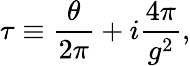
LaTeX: \tau\equiv{\frac{\theta}{2\pi}}+i{\frac{4\pi}{g^{2}}},